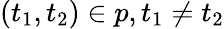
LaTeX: (t_{1},t_{2})\in p,t_{1}\neq t_{2}